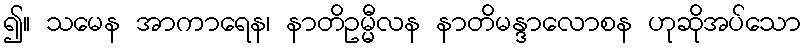
၍။ သမေန အာကာရေန၊ နာတိဥမ္မီလန နာတိမန္ဒာလောစန ဟုဆိုအပ်သော